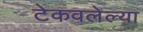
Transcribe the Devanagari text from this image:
टेकवलेल्या